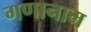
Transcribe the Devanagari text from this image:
गणानाम